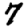
Digit: 7